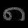
Digit: ၈